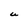
Character: U